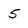
Character: 5